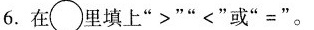
6.在\bigcirc 里填上”>””<”或”=”。